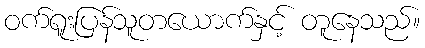
ဝက်ရူးပြန်သူတယောက်နှင့် တူနေသည်။